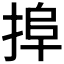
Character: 𢮒